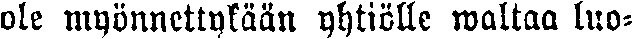
ole myönnettykään yhtiölle waltaa luo-